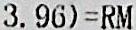
3.96)=RM